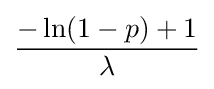
{\frac {-\ln(1-p)+1}{\lambda }}